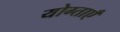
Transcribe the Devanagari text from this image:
योग्ताएँ